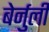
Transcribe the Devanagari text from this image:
बेर्नुली